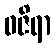
ဝဇိရာ